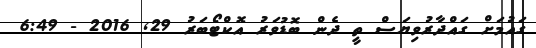
ގައުމަށް ގައްދާރުވިޔަސް ތީ ދެން ބޮޑުވަރު އޮކްޓޯބަރު 29